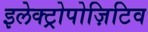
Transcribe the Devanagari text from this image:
इलेक्ट्रोपोज़िटिव